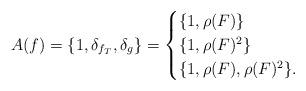
LaTeX: \begin{align*}A(f)=\{1, \delta_{f_{T}}, \delta_{g}\}=\begin{cases}\{1, \rho(F)\} \\\{1, \rho(F)^{2}\} \\\{1, \rho(F), \rho(F)^{2}\} .\end{cases}\end{align*}